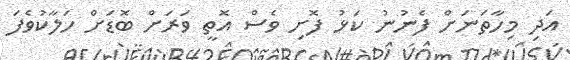
އަދި މިހާތަނަށް ފެނުނު ކަޅު ފޮށި ވެސް އޮތީ ވަރަށް ބޮޑަށް ހަލާކުވެފަ